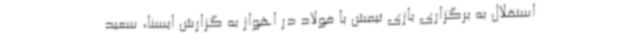
استقلال به برگزاری بازی تیمش با فولاد در اهواز به گزارش ایسنا، سعید